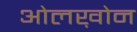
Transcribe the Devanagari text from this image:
ओलख़ोन